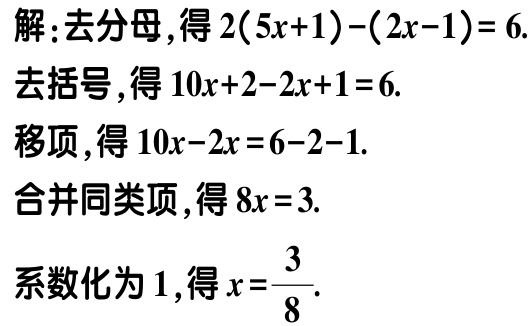
解：去分母，得\(2(5x + 1)-(2x - 1)=6\).

去括号，得\(10x + 2 - 2x + 1 = 6\).

移项，得\(10x - 2x = 6 - 2 - 1\).

合并同类项，得\(8x = 3\).

系数化为\(1\)，得\(x = \frac{3}{8}\).